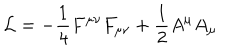
LaTeX: { \cal { L } } = - \frac { 1 } { 4 } F ^ { \mu \nu } F _ { \mu \nu } + \frac { 1 } { 2 } A ^ { \mu } A _ { \mu }